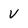
Character: v